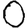
Digit: 0